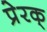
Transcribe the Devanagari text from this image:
प्रेरक्